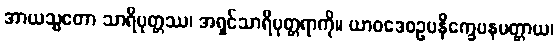
အာယသ္မတော သာရိပုတ္တဿ၊ အရှင်သာရိပုတ္တရာကို။ ယာဝဒေဝဥပနိက္ခေပနမတ္တာယ၊